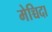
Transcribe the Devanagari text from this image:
मेच्चिदा